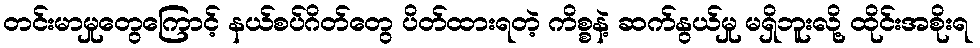
တင်းမာမှုတွေကြောင့် နယ်စပ်ဂိတ်တွေ ပိတ်ထားရတဲ့ ကိစ္စနဲ့ ဆက်နွယ်မှု မရှိဘူးလို့ ထိုင်းအစိုးရ